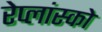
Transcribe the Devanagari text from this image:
रेप्लांस्को